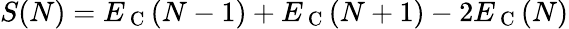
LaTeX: \begin{array}{r}{S(N)=E_{\mathrm{~C~}}(N-1)+E_{\mathrm{~C~}}(N+1)-2E_{\mathrm{~C~}}(N)}\end{array}